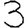
Digit: 3